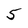
Character: 5